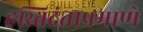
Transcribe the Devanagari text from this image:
हस्तिदंताप्रमाणे